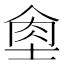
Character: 𦚙